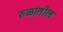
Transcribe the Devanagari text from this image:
रुळांतील